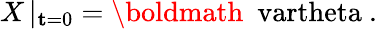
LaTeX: X\left|_{{\mathbf t}=0}\right.=\mathrm{\boldmath~\ vartheta~}.